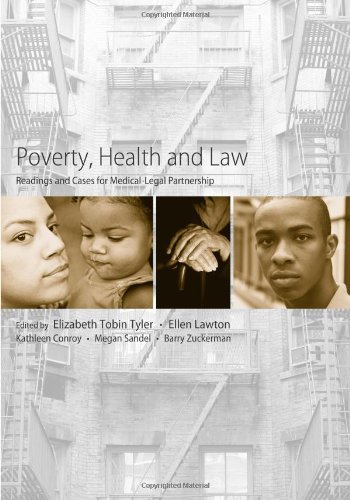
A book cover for Poverty, Health and Law: Readings and Cases for Medical-Legal Partnership; Elizabeth Tobin Tyler; Law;